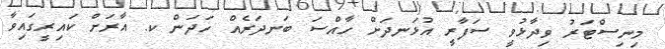
މިނިސްޓަރު ވިދާޅުވީ ސަފާރީ އުޅަނދަށް ހާއްސަ ބަނދަރެއް ހަދަން ކ. އާރަށް ކައިރީގައިވާ